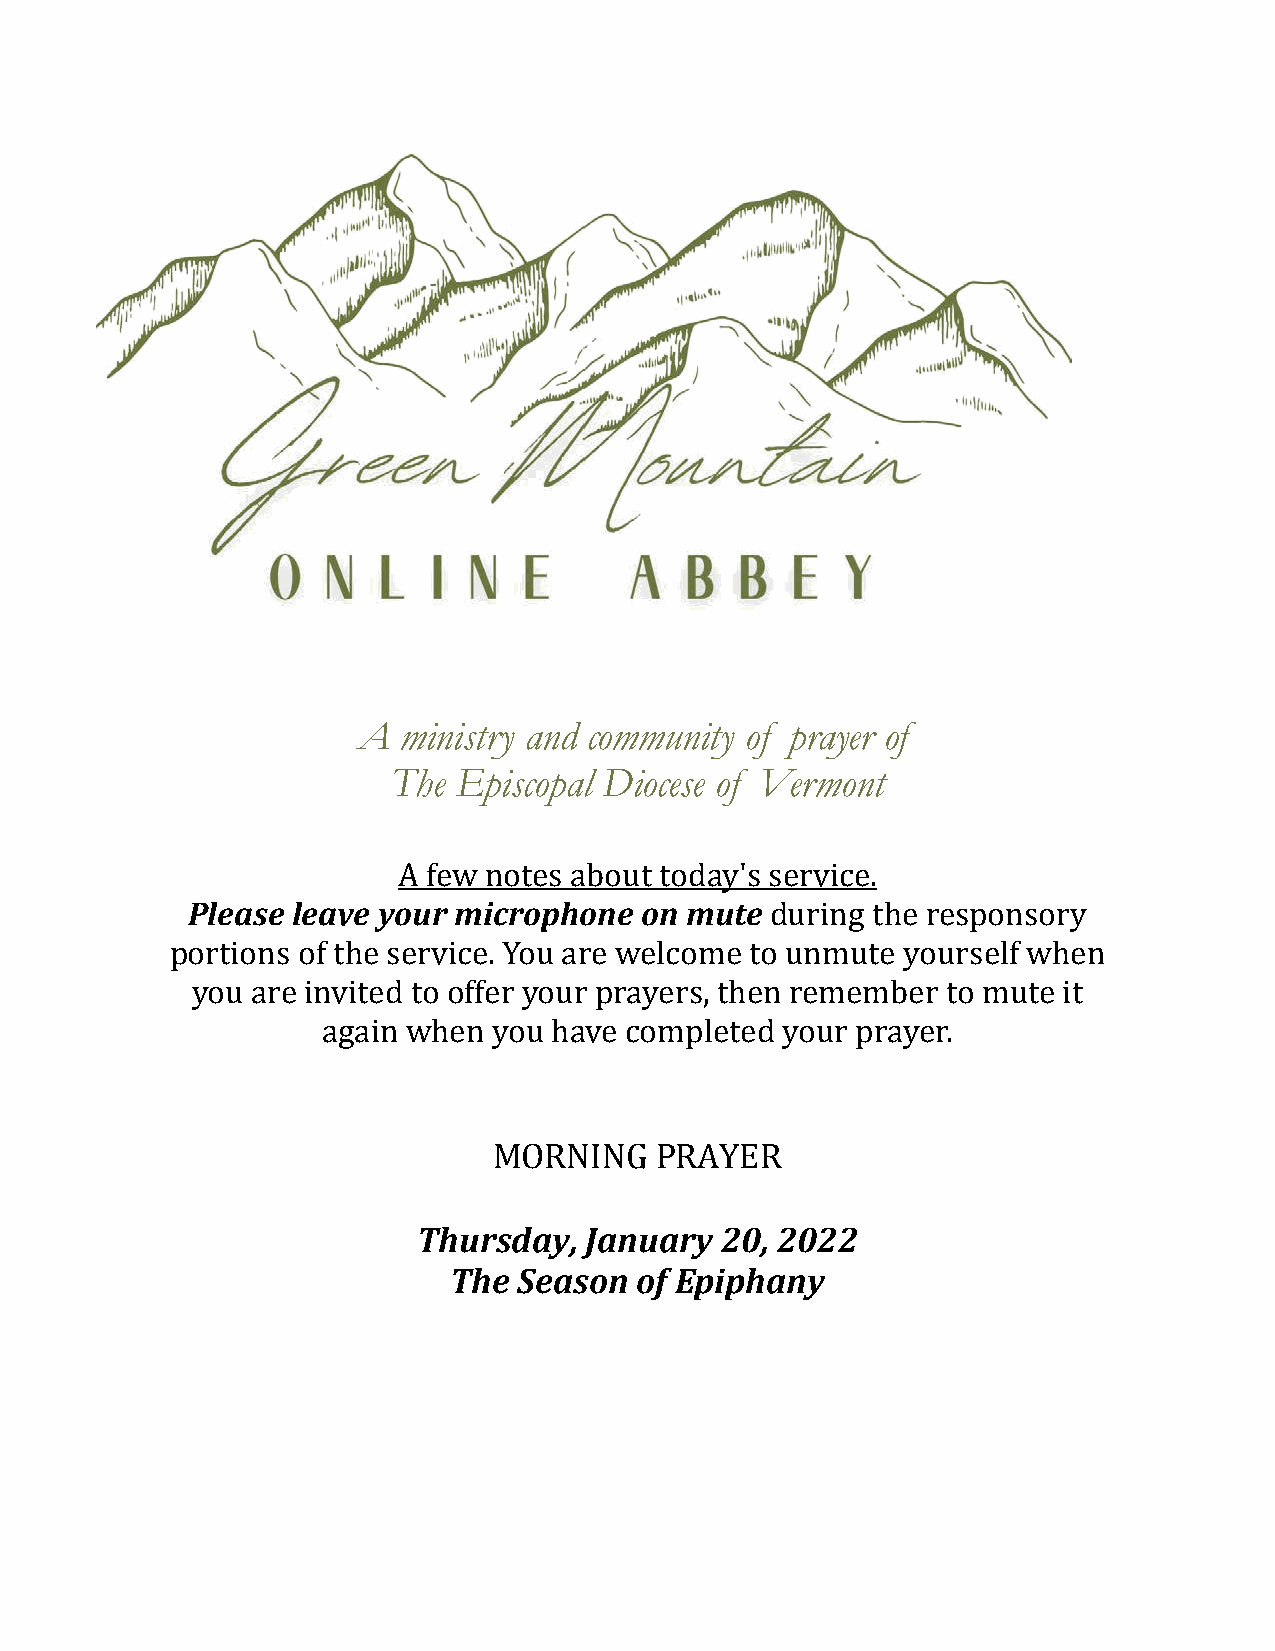
A ministry and community of prayer of
 The Episcopal Diocese of Vermont
 Please leave your microphone  on mute
 A few notes about today's service.
 during the responsory
 portions of the service. You are welcome to unmute yourself when
 you are invited to offer your prayers, then remember to mute it
 again when  you have completed your prayer.
 ThurMsdOaRyN, JIaNnGu PaRryA Y2E0R, 2 022
 The Season  of Epiphany